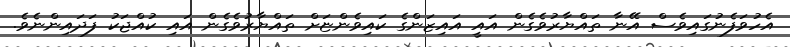
އެހުވަފެނުގައިވެސް އޭނާ ތައްޔާރުވެގެން އައީ އައިޒަންގެ ކައިވެންޏަށް ތައްޔާރުވެގެން އައި ކުއްޖަކު ފަދައިންނެވެ.